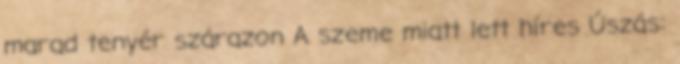
marad tenyér szárazon A szeme miatt lett híres Úszás: